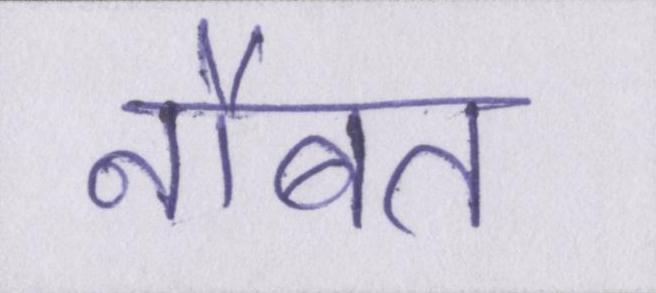
नौबत